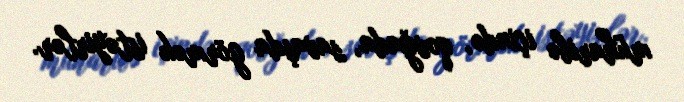
müharibə içində, qovğada, savaşda görmək istəyirlər.